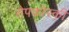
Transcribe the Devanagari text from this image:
सेपकोस्की